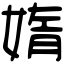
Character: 媠